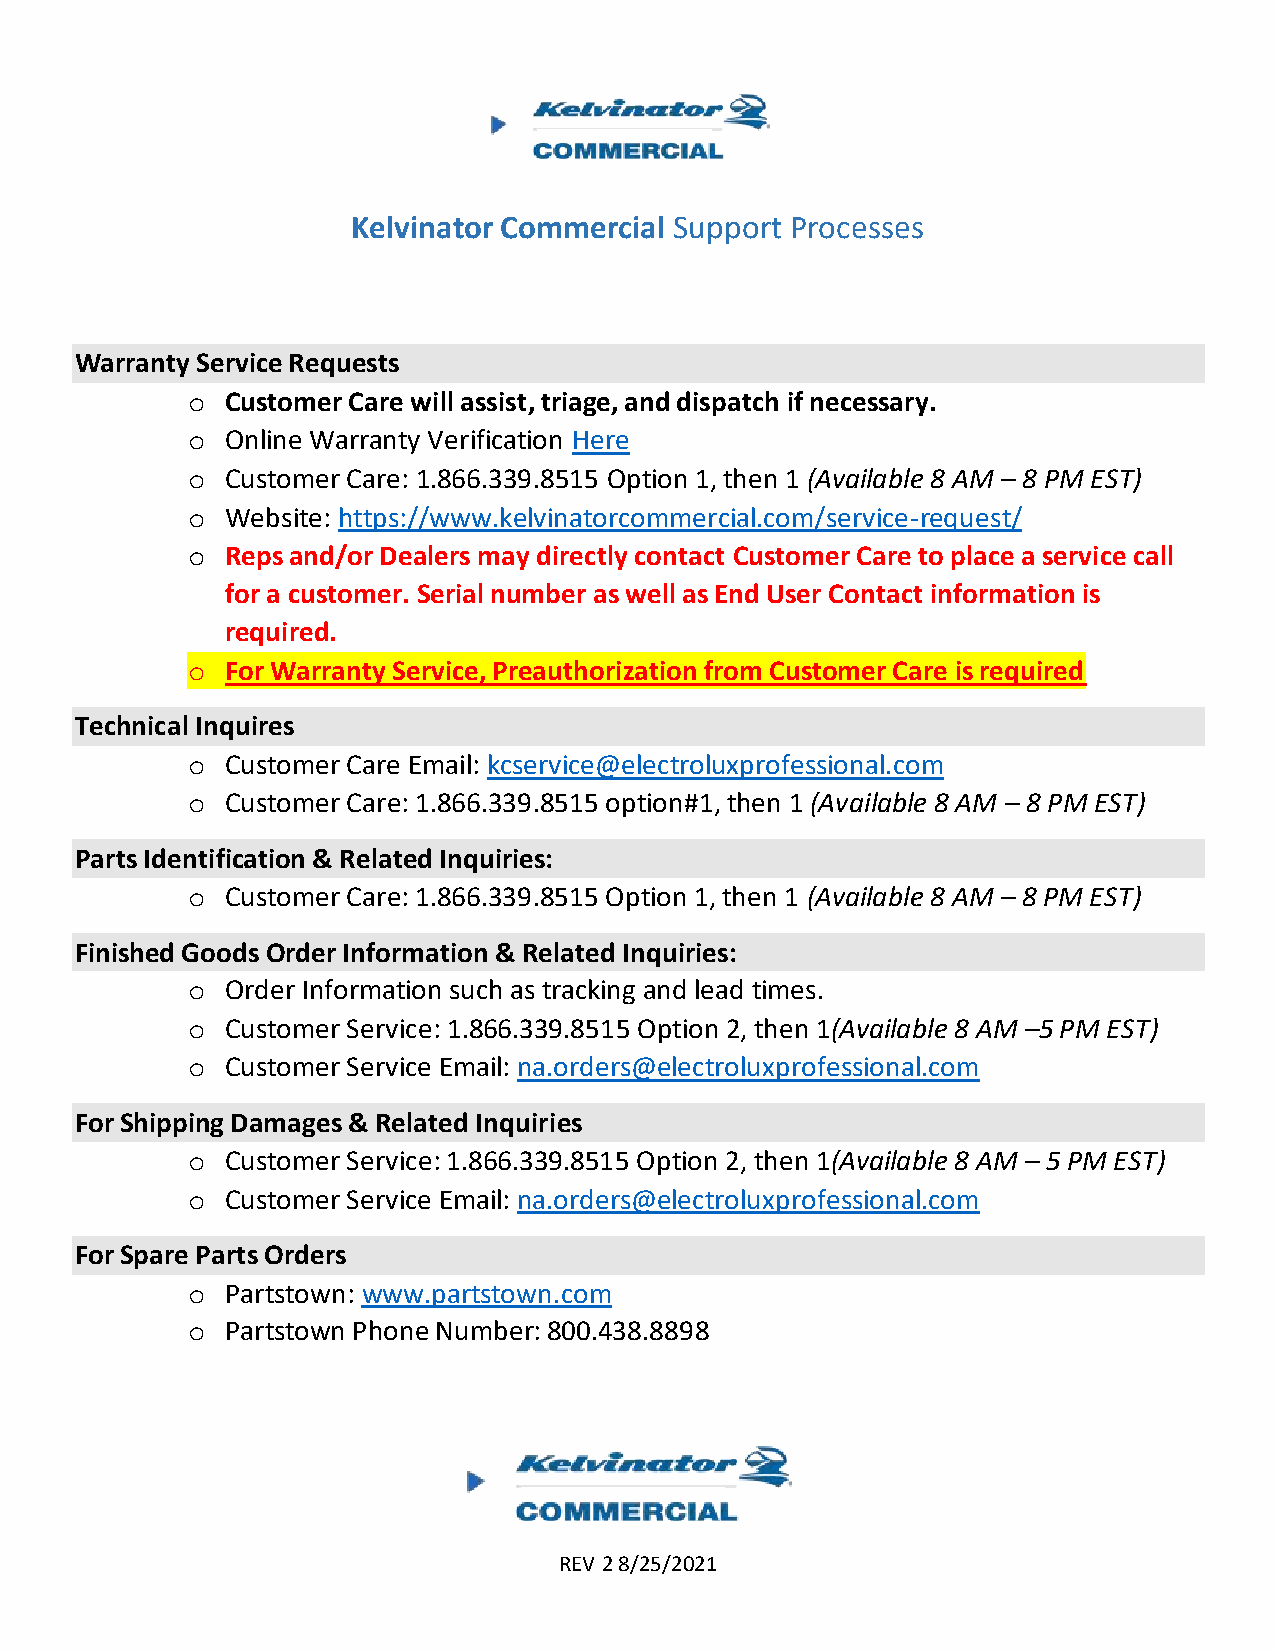
Kelvinator Commercial Support Processes
 Warranty Service Requests
 o  Customer Care will assist, triage, and dispatch if necessary.
 o  Online Warranty Verification Here
 o  Customer Care: 1.866.339.8515 Option 1, then 1 (Available 8 AM – 8 PM EST)
 o  Website: https://www.kelvinatorcommercial.com/service-request/
 o  Reps and/or Dealers may directly contact Customer Care to place a service call
 for a customer. Serial number as well as End User Contact information is
 required.
 o  For Warranty Service, Preauthorization from Customer Care is required
 Technical Inquires
 o  Customer Care Email: kcservice@electroluxprofessional.com
 o  Customer Care: 1.866.339.8515 option#1, then 1 (Available 8 AM – 8 PM EST)
 Parts Identification & Related Inquiries:
 o  Customer Care: 1.866.339.8515 Option 1, then 1 (Available 8 AM – 8 PM EST)
 Finished Goods Order Information & Related Inquiries:
 o  Order Information such as tracking and lead times.
 o  Customer Service: 1.866.339.8515 Option 2, then 1(Available 8 AM –5 PM EST)
 o  Customer Service Email: na.orders@electroluxprofessional.com
 For Shipping Damages & Related Inquiries
 o  Customer Service: 1.866.339.8515 Option 2, then 1(Available 8 AM – 5 PM EST)
 o  Customer Service Email: na.orders@electroluxprofessional.com
 For Spare Parts Orders
 o  Partstown: www.partstown.com
 o  Partstown Phone Number: 800.438.8898
 REV 2 8/25/2021